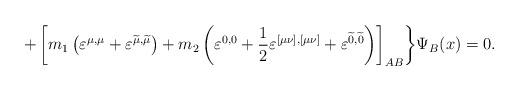
\begin{align*}+\left[ m_1\left( \varepsilon ^{\mu ,\mu }+\varepsilon^{\widetilde{\mu }, \widetilde{\mu }}\right) +m_2\left(\varepsilon ^{0,0}+\frac 12\varepsilon ^{[\mu \nu ],[\mu \nu]}+\varepsilon ^{\widetilde{0},\widetilde{0}}\right) \right]_{AB}\biggr \}\Psi _B(x)=0 .\end{align*}